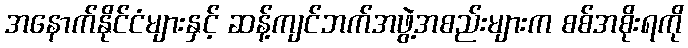
အနောက်နိုင်ငံများနှင့် ဆန့်ကျင်ဘက်အဖွဲ့အစည်းများက စစ်အစိုးရကို